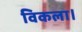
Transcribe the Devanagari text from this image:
विकला।